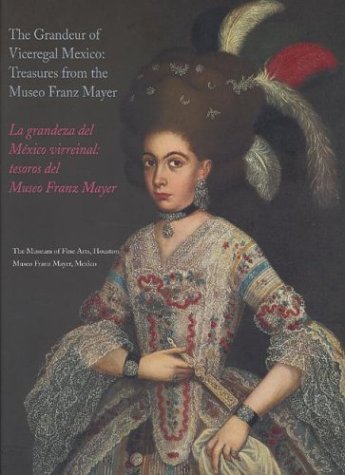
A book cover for The Grandeur of Viceregal Mexico / La grandeza del MÃ©xico virreinal: Treasures from the Museo Franz Mayer; Museo Franz Mayer; Travel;